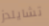
تشايلدز